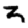
Digit: 3